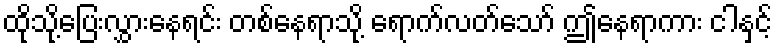
ထိုသို့ပြေးလွှားနေရင်း တစ်နေရာသို့ ရောက်လတ်သော် ဤနေရာကား ငါနှင့်